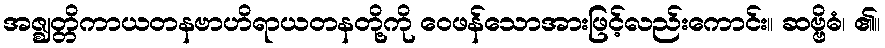
အဇ္ဈတ္တိကာယတနဗာဟိရာယတနတို့ကို ဝေဖန်သောအားဖြင့်လည်းကောင်း။ ဆဗ္ဗိဓံ၊ ၏။